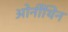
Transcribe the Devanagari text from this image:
ओर्नीथिन